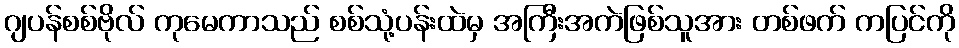
ဂျပန်စစ်ဗိုလ် ကုမေကာသည် စစ်သုံ့ပန်းထဲမှ အကြီးအကဲဖြစ်သူအား တစ်ဖက် ကပြင်ကို